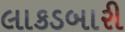
લાકડબારી